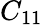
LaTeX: C_{11}